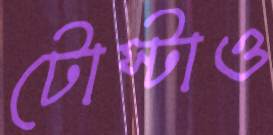
টোস্টাও